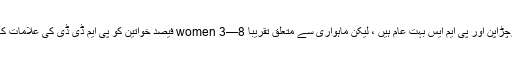
ماہواری سے قبل چڑچڑاپن اور پی ایم ایس بہت عام ہیں ، لیکن ماہواری سے متعلق تقریبا women 3—8 فیصد خواتین کو پی ایم ڈی ڈی کی علامات کا سامنا کرنا پڑے گا۔